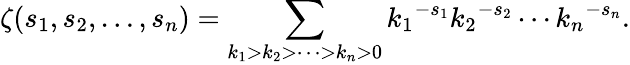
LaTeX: \zeta(s_{1},s_{2},\ldots,s_{n})=\sum_{k_{1}>k_{2}>\cdots>k_{n}>0}{k_{1}}^{-s_{1}}{k_{2}}^{-s_{2}}\cdots{k_{n}}^{-s_{n}}.